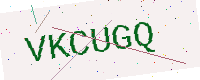
Text: VKCUGQ